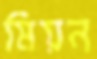
মিয়ন